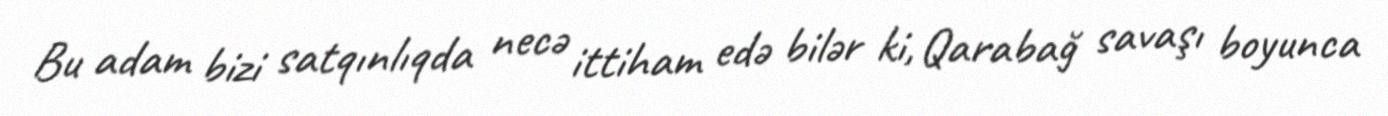
Bu adam bizi satqınlıqda necə ittiham edə bilər ki, Qarabağ savaşı boyunca